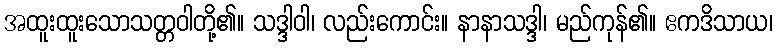
အထူးထူးသောသတ္တဝါတို့၏။ သဒ္ဒါဝါ၊ လည်းကောင်း။ နာနာသဒ္ဒါ၊ မည်ကုန်၏။ ဧကဒိသာယ၊